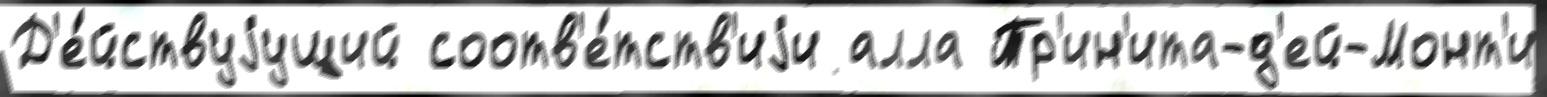
Д'е́йствуjущий соотв'е́тств'иjи алла Тр'ин'ита-д'ей-Монт'и